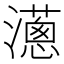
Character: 𤁬